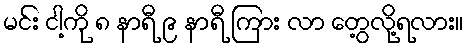
မင်း ငါ့ကို ၈ နာရီ ၉ နာရီ ကြား လာ တွေ့လို့ရလား။